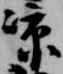
涼